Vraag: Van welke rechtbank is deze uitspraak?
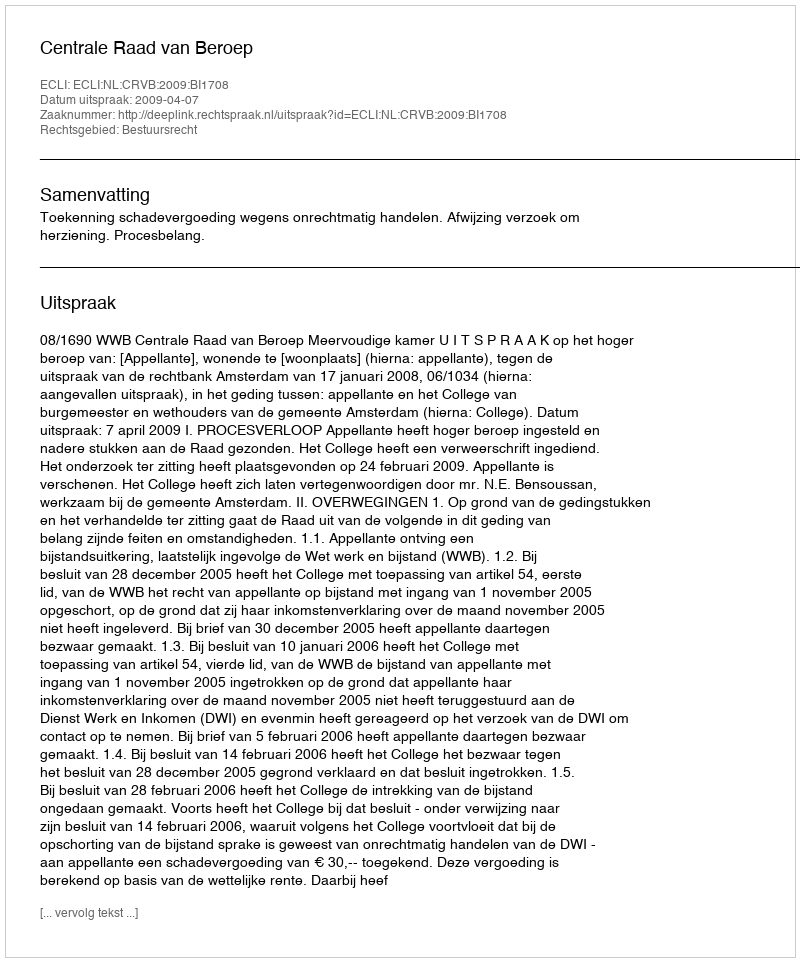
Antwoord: Centrale Raad van Beroep